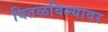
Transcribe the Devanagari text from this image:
वितळविल्यावर